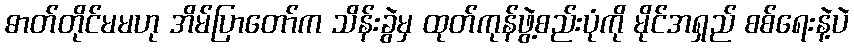
ဓာတ်တိုင်မမဟု အိမ်ပြာတော်က သိန်းခွဲမှ ထုတ်ကုန်ဖွဲ့စည်းပုံကို မိုင်အရှည် စစ်ရေးနဲ့ပဲ